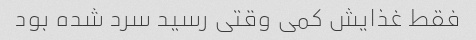
فقط غذایش کمی وقتی رسید سرد شده بود